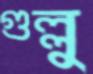
গুল্লু